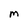
Character: M